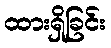
ထားရှိခြင်း